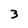
Character: 3